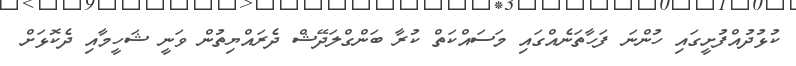
ކުޅުދުއްފުށީގައި ހުންނަ ފަހާތަނެއްގައި މަސައްކަތް ކުރާ ބަންގްލަދޭޝް ދެރައްޔިތުން ވަނީ ޝަހީމާއި ދެކޮޅަށް